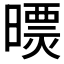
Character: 𣊠